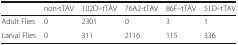
<table><thead><tr><td></td><td><b>non-tTAV</b></td><td><b>102D–tTAV</b></td><td><b>76A2-tTAV</b></td><td><b>86F–tTAV</b></td><td><b>51D–tTAV</b></td></tr></thead><tbody><tr><td>Adult Flies</td><td>0</td><td>2301</td><td>0</td><td>3</td><td>1</td></tr><tr><td>Larval Flies</td><td>0</td><td>311</td><td>2116</td><td>115</td><td>336</td></tr></tbody></table>